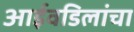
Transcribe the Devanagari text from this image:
आईवडिलांचा